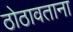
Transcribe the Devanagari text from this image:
ठोठावताना